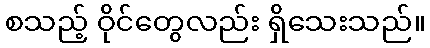
စသည့် ဝိုင်တွေလည်း ရှိသေးသည်။